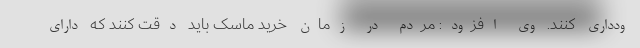
ودداری کنند. وی افزود: مردم در زمان خرید ماسک باید دقت کنند که دارای